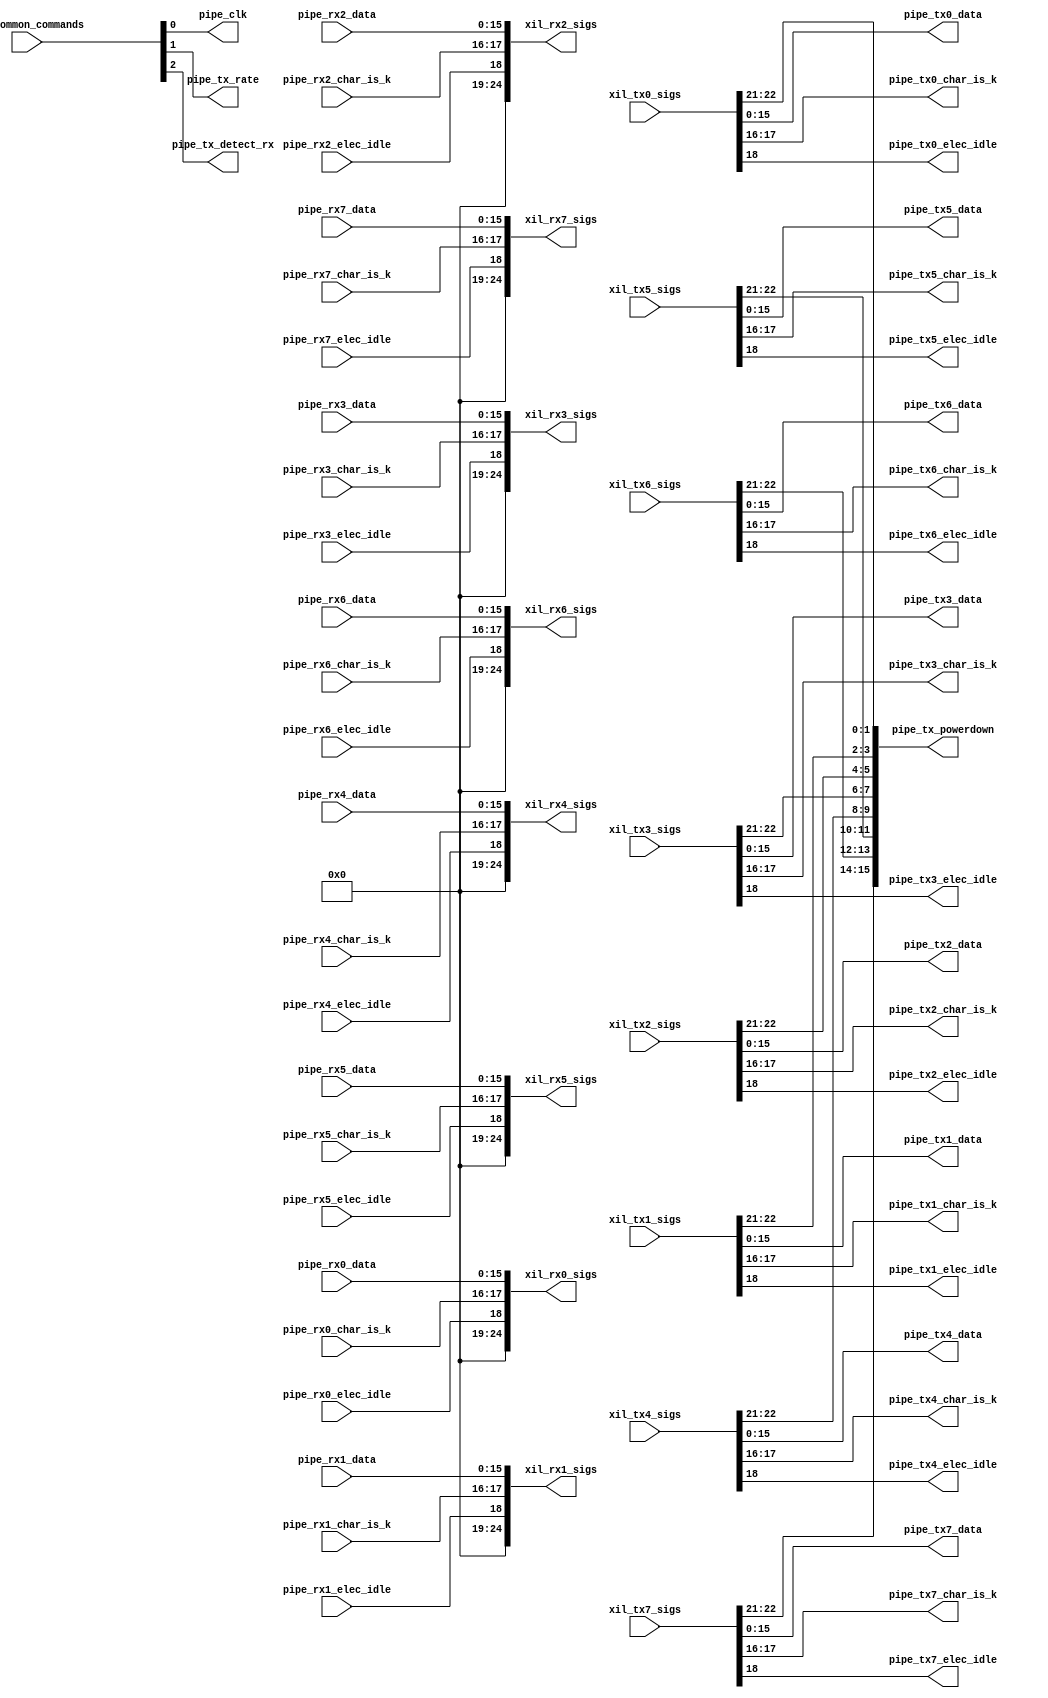
//-----------------------------------------------------------------------------
//
// (c) Copyright 2010-2011 Xilinx, Inc. All rights reserved.
//
// This file contains confidential and proprietary information
// of Xilinx, Inc. and is protected under U.S. and
// international copyright and other intellectual property
// laws.
//
// DISCLAIMER
// This disclaimer is not a license and does not grant any
// rights to the materials distributed herewith. Except as
// otherwise provided in a valid license issued to you by
// Xilinx, and to the maximum extent permitted by applicable
// law: (1) THESE MATERIALS ARE MADE AVAILABLE "AS IS" AND
// WITH ALL FAULTS, AND XILINX HEREBY DISCLAIMS ALL WARRANTIES
// AND CONDITIONS, EXPRESS, IMPLIED, OR STATUTORY, INCLUDING
// BUT NOT LIMITED TO WARRANTIES OF MERCHANTABILITY, NON-
// INFRINGEMENT, OR FITNESS FOR ANY PARTICULAR PURPOSE; and
// (2) Xilinx shall not be liable (whether in contract or tort,
// including negligence, or under any other theory of
// liability) for any loss or damage of any kind or nature
// related to, arising under or in connection with these
// materials, including for any direct, or any indirect,
// special, incidental, or consequential loss or damage
// (including loss of data, profits, goodwill, or any type of
// loss or damage suffered as a result of any action brought
// by a third party) even if such damage or loss was
// reasonably foreseeable or Xilinx had been advised of the
// possibility of the same.
//
// CRITICAL APPLICATIONS
// Xilinx products are not designed or intended to be fail-
// safe, or for use in any application requiring fail-safe
// performance, such as life-support or safety devices or
// systems, Class III medical devices, nuclear facilities,
// applications related to the deployment of airbags, or any
// other applications that could lead to death, personal
// injury, or severe property or environmental damage
// (individually and collectively, "Critical
// Applications"). Customer assumes the sole risk and
// liability of any use of Xilinx products in Critical
// Applications, subject only to applicable laws and
// regulations governing limitations on product liability.
//
// THIS COPYRIGHT NOTICE AND DISCLAIMER MUST BE RETAINED AS
// PART OF THIS FILE AT ALL TIMES.
//
//-----------------------------------------------------------------------------
// Project    : Series-7 Integrated Block for PCI Express
// Version    : 3.3
//-----------------------------------------------------------------------------
//-- Description:  Pipe Mode Interface
  //-- 16bit data for Gen1 rate @ Pipe Clk 125 
  //-- 16bit data for Gen2 rate @ Pipe Clk 250
  //-- Pipe Clk is provided as output of this module - All pipe signals need to be aligned to provided Pipe Clk
  //-- pipe_tx_rate (0 - Gen1, 1 -Gen2 )
  //-- Rcvr Detect is handled internally by the core (Rcvr Detect Bypassed)
  //-- RX Status and PHY Status are handled internally (speed change & rcvr detect )
//-----------------------------------------------------------------------------

`timescale 1ps/1ps

module xil_sig2pipe
(
 
  output [24:0]  xil_rx0_sigs,
  output [24:0]  xil_rx1_sigs,
  output [24:0]  xil_rx2_sigs,
  output [24:0]  xil_rx3_sigs,
  output [24:0]  xil_rx4_sigs,
  output [24:0]  xil_rx5_sigs,
  output [24:0]  xil_rx6_sigs,
  output [24:0]  xil_rx7_sigs,

  input  [11:0]  xil_common_commands,
  input  [22:0]  xil_tx0_sigs,
  input  [22:0]  xil_tx1_sigs,
  input  [22:0]  xil_tx2_sigs,
  input  [22:0]  xil_tx3_sigs,
  input  [22:0]  xil_tx4_sigs,
  input  [22:0]  xil_tx5_sigs,
  input  [22:0]  xil_tx6_sigs,
  input  [22:0]  xil_tx7_sigs,
  
  // Pipe Interface - Common
  
  output         pipe_clk,
  output         pipe_tx_rate,
  output         pipe_tx_detect_rx,
  output [15:0]  pipe_tx_powerdown,
  
  // Pipe Interface - TX
 
  output [15:0]  pipe_tx0_data,
  output [15:0]  pipe_tx1_data,
  output [15:0]  pipe_tx2_data,
  output [15:0]  pipe_tx3_data,
  output [15:0]  pipe_tx4_data,
  output [15:0]  pipe_tx5_data,
  output [15:0]  pipe_tx6_data,
  output [15:0]  pipe_tx7_data,
  
  output  [1:0]  pipe_tx0_char_is_k,
  output  [1:0]  pipe_tx1_char_is_k,
  output  [1:0]  pipe_tx2_char_is_k,
  output  [1:0]  pipe_tx3_char_is_k,
  output  [1:0]  pipe_tx4_char_is_k,
  output  [1:0]  pipe_tx5_char_is_k,
  output  [1:0]  pipe_tx6_char_is_k,
  output  [1:0]  pipe_tx7_char_is_k,
  
  output         pipe_tx0_elec_idle,
  output         pipe_tx1_elec_idle,
  output         pipe_tx2_elec_idle,
  output         pipe_tx3_elec_idle,
  output         pipe_tx4_elec_idle,
  output         pipe_tx5_elec_idle,
  output         pipe_tx6_elec_idle,
  output         pipe_tx7_elec_idle,
  
  // Pipe Interface - RX
  
  input  [15:0]  pipe_rx0_data,
  input  [15:0]  pipe_rx1_data,
  input  [15:0]  pipe_rx2_data,
  input  [15:0]  pipe_rx3_data,
  input  [15:0]  pipe_rx4_data,
  input  [15:0]  pipe_rx5_data,
  input  [15:0]  pipe_rx6_data,
  input  [15:0]  pipe_rx7_data,
  
  input   [1:0]  pipe_rx0_char_is_k,
  input   [1:0]  pipe_rx1_char_is_k,
  input   [1:0]  pipe_rx2_char_is_k,
  input   [1:0]  pipe_rx3_char_is_k,
  input   [1:0]  pipe_rx4_char_is_k,
  input   [1:0]  pipe_rx5_char_is_k,
  input   [1:0]  pipe_rx6_char_is_k,
  input   [1:0]  pipe_rx7_char_is_k,

  input          pipe_rx0_elec_idle,
  input          pipe_rx1_elec_idle,
  input          pipe_rx2_elec_idle,
  input          pipe_rx3_elec_idle,
  input          pipe_rx4_elec_idle,
  input          pipe_rx5_elec_idle,
  input          pipe_rx6_elec_idle,
  input          pipe_rx7_elec_idle

);

   assign pipe_clk          = xil_common_commands[0];
   assign pipe_tx_rate      = xil_common_commands[1];
   assign pipe_tx_detect_rx = xil_common_commands[2];
   assign pipe_tx_powerdown = {xil_tx7_sigs[22:21],xil_tx6_sigs[22:21],xil_tx5_sigs[22:21],xil_tx4_sigs[22:21],
                               xil_tx3_sigs[22:21],xil_tx2_sigs[22:21],xil_tx1_sigs[22:21],xil_tx0_sigs[22:21]};
   
  //------------------------------------------------------------------------------//
  // RX PIPE to RX INT BUS 
  //------------------------------------------------------------------------------//

   assign xil_rx0_sigs = {6'b0,pipe_rx0_elec_idle,pipe_rx0_char_is_k,pipe_rx0_data}; 
                            
   assign xil_rx1_sigs = {6'b0,pipe_rx1_elec_idle,pipe_rx1_char_is_k,pipe_rx1_data}; 
                            
   assign xil_rx2_sigs = {6'b0,pipe_rx2_elec_idle,pipe_rx2_char_is_k,pipe_rx2_data}; 
                            
   assign xil_rx3_sigs = {6'b0,pipe_rx3_elec_idle,pipe_rx3_char_is_k,pipe_rx3_data}; 
                            
   assign xil_rx4_sigs = {6'b0,pipe_rx4_elec_idle,pipe_rx4_char_is_k,pipe_rx4_data}; 
                            
   assign xil_rx5_sigs = {6'b0,pipe_rx5_elec_idle,pipe_rx5_char_is_k,pipe_rx5_data}; 
                            
   assign xil_rx6_sigs = {6'b0,pipe_rx6_elec_idle,pipe_rx6_char_is_k,pipe_rx6_data}; 
                            
   assign xil_rx7_sigs = {6'b0,pipe_rx7_elec_idle,pipe_rx7_char_is_k,pipe_rx7_data}; 
  //------------------------------------------------------------------------------//
  // TX INT BUS to TX PIPE 
  //------------------------------------------------------------------------------//
   assign pipe_tx0_data        = xil_tx0_sigs[15: 0] ; 
   assign pipe_tx0_char_is_k   = xil_tx0_sigs[17:16] ;
   assign pipe_tx0_elec_idle   = xil_tx0_sigs[18]    ; 
   
   assign pipe_tx1_data        = xil_tx1_sigs[15: 0] ; 
   assign pipe_tx1_char_is_k   = xil_tx1_sigs[17:16] ;
   assign pipe_tx1_elec_idle   = xil_tx1_sigs[18]    ; 

   assign pipe_tx2_data        = xil_tx2_sigs[15: 0] ; 
   assign pipe_tx2_char_is_k   = xil_tx2_sigs[17:16] ;
   assign pipe_tx2_elec_idle   = xil_tx2_sigs[18]    ;   
   
   assign pipe_tx3_data        = xil_tx3_sigs[15: 0] ; 
   assign pipe_tx3_char_is_k   = xil_tx3_sigs[17:16] ;
   assign pipe_tx3_elec_idle   = xil_tx3_sigs[18]    ; 
   
   assign pipe_tx4_data        = xil_tx4_sigs[15: 0] ; 
   assign pipe_tx4_char_is_k   = xil_tx4_sigs[17:16] ;
   assign pipe_tx4_elec_idle   = xil_tx4_sigs[18]    ; 

   assign pipe_tx5_data        = xil_tx5_sigs[15: 0] ; 
   assign pipe_tx5_char_is_k   = xil_tx5_sigs[17:16] ;
   assign pipe_tx5_elec_idle   = xil_tx5_sigs[18]    ; 

   assign pipe_tx6_data        = xil_tx6_sigs[15: 0] ; 
   assign pipe_tx6_char_is_k   = xil_tx6_sigs[17:16] ;
   assign pipe_tx6_elec_idle   = xil_tx6_sigs[18]    ; 
   
   assign pipe_tx7_data        = xil_tx7_sigs[15: 0] ; 
   assign pipe_tx7_char_is_k   = xil_tx7_sigs[17:16] ;
   assign pipe_tx7_elec_idle   = xil_tx7_sigs[18]    ; 

endmodule